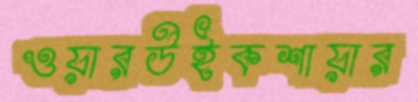
ওয়ারউইকশায়ার